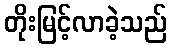
တိုးမြင့်လာခဲ့သည်